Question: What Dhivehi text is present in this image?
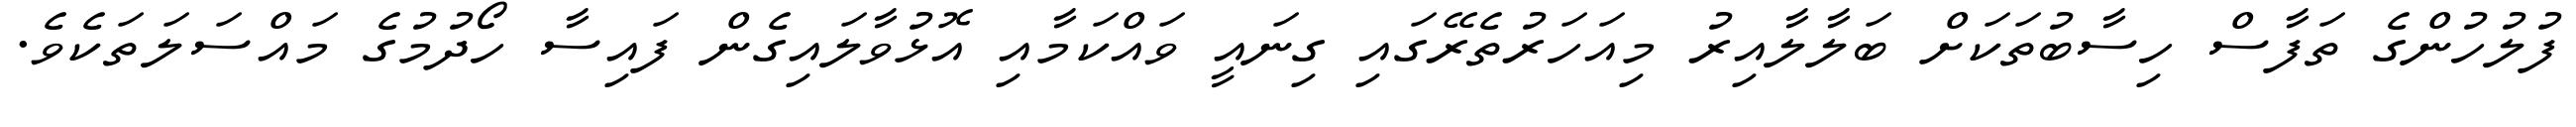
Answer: ފުލުހުންގެ ތަފާސް ހިސާބުތަކަށް ބަލާލާއިރު މިއަހަރުތެރޭގައި ގިނައީ ވައްކަމާއި އޮޅުވާލައިގެން ފައިސާ ހޯދުމުގެ މައްސަލަތަކެވެ.